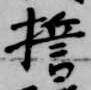
誓